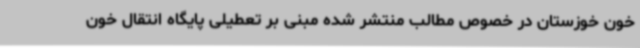
خون خوزستان در خصوص مطالب منتشر شده مبنی بر تعطیلی پایگاه انتقال خون